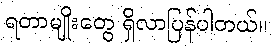
ရတာမျိုးတွေ ရှိလာပြန်ပါတယ်။